Report of veterinary surgeon J.H. Steel, A.V.D., on his investigation into an obscure and fatal disease among transport mules in British Burma
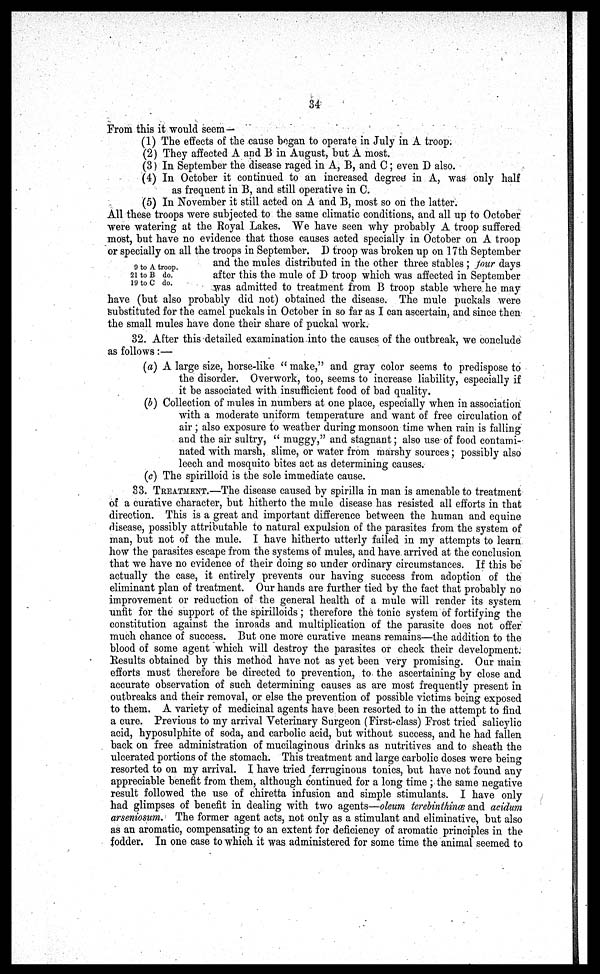
34
From this it would seem—
(1) The effects of the cause began to operate in July in A troop.
(2) They affected A and B in August, but A most.
(3) In September the disease raged in A, B, and C; even D also.
(4) In October it continued to an increased degree in A, was only h
as frequent in B, and still operative in C.
(5) In November it still acted on A and B, most so on the latter.
9 to A troop.
21 to B do.
19 to C do.
All these troops were subjected to the same climatic conditions, and all up to October
were watering at the Royal Lakes. We have seen why probably A troop suffered
most, but have no evidence that those causes acted specially in October on A troop
or specially on all the troops in September. D troop was broken up on 17th September
and the mules distributed in the other three stables ; four days
after this the mule of D troop which was affected in September
was admitted to treatment from B troop stable where he may
have (but also probably did not) obtained the disease. The mule puckals were
Substituted for the camel puckals in October in so far as I can ascertain, and since then
the small mules have done their share of puckal work.
32. After this detailed examination into the causes of the outbreak, we conclude
as follows:—
(a) A large size, horse-like " make," and gray color seems to predispose to
the disorder. Overwork, too, seems to increase liability, especially if
it be associated with insufficient food of bad quality.
(b) Collection of mules in numbers at one place, especially when in association
with a moderate uniform temperature and want of free circulation of
air; also exposure to weather during monsoon time when rain is falling
and the air sultry, " muggy," and stagnant; also use of food contami-
nated with marsh, slime, or water from marshy sources; possibly also
leech and mosquito bites act as determining causes.
(c) The spirilloid is the sole immediate cause.
33. TREATMENT.—The disease caused by spirilla in man is amenable to treatment
of a curative character, but hitherto the mule disease has resisted all efforts in that
direction. This is a great and important difference between the human and equine
disease, possibly attributable to natural expulsion of the parasites from the system of
man, but not of the mule. I have hitherto utterly failed in my attempts to learn
how the parasites escape from the systems of mules, and have arrived at the conclusion
that we have no evidence of their doing so under ordinary circumstances. If this be
actually the case, it entirely prevents our having success from adoption of the
eliminant plan of treatment. Our hands are further tied by the fact that probably no
improvement or reduction of the general health of a mule will render its system
unfit for the support of the spirilloids ; therefore the tonic system of fortifying the
constitution against the inroads and multiplication of the parasite does not offer
much chance of success. But one more curative means remains—the addition to the
blood of some agent which will destroy the parasites or check their development.
Results obtained by this method have not as yet been very promising. Our main
efforts must therefore be directed to prevention, to the ascertaining by close and
accurate observation of such determining causes as are most frequently present in
outbreaks and their removal, or else the prevention of possible victims being exposed
to them. A variety of medicinal agents have been resorted to in the attempt to find
a cure. Previous to my arrival Veterinary Surgeon (First-class) Frost tried salicylic
acid, hyposulphite of soda, and carbolic acid, but without success, and he had fallen
back on free administration of mucilaginous drinks as nutritives and to sheath the
ulcerated portions of the stomach. This treatment and large carbolic doses were being
resorted to on my arrival. I have tried ferruginous tonics, but have not found any
appreciable benefit from them, although continued for a long time ; the same negative
result followed the use of chiretta infusion and simple stimulants. I have only
had glimpses of benefit in dealing with two agents—oleum terebinthince and acidum
arseniosum. The former agent acts, not only as a stimulant and eliminative, but also
as an aromatic, compensating to an extent for deficiency of aromatic principles in the
fodder. In one case to which it was administered for some time the animal seemed to